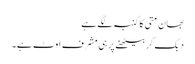
بھان متی کا کنبہ لگے ہے
دبک کر بیٹھنے پر ہی مشرف اوٹ ہے۔